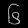
Digit: ၆